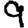
Digit: 9